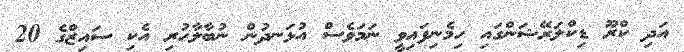
އަދި ކްރޫ ޑިކްލަރޭޝަންގައި ހިމެނިފައިވީ ނަމަވެސް އުޅަނދުން ނުބާލާހުރި އެކި ސައިޒްގެ 20